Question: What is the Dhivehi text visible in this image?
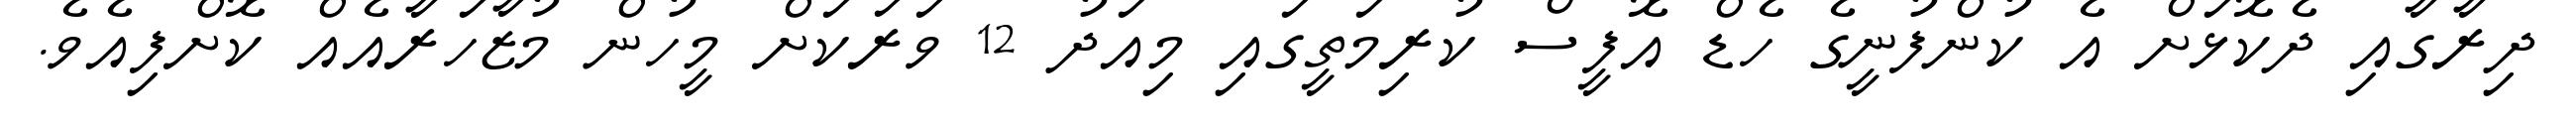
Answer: ދިރާގާއި ދެކޮޅަށް އެ ކުންފުނީގެ ހެޑް އޮފީސް ކުރިމަތީގައި މިއަދު 12 ވަރަކަށް މީހުން މުޒާހަރާއެއް ކޮށްފިއެވެ.